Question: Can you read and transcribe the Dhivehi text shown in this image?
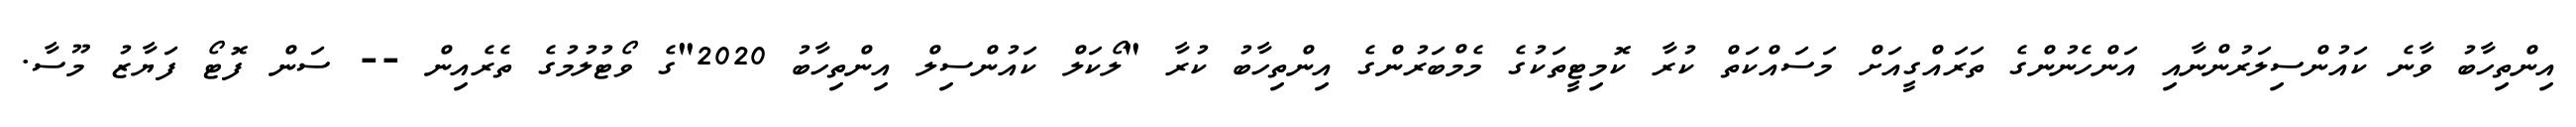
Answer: އިންތިހާބު ވާނެ ކައުންސިލަރުންނާއި އަންހެނުންގެ ތަރައްގީއަށް މަސައްކަތް ކުރާ ކޮމިޓީތަކުގެ މެމްބަރުންގެ އިންތިހާބު ކުރާ "ލޯކަލް ކައުންސިލް އިންތިހާބު 2020"ގެ ވޯޓުލުމުގެ ތެރެއިން -- ސަން ފޮޓޯ ފަޔާޒު މޫސާ.